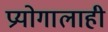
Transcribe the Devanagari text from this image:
प्रयोगालाही